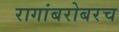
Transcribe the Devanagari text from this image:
रागांबरोबरच